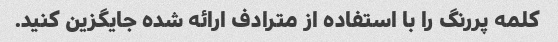
کلمه پررنگ را با استفاده از مترادف ارائه شده جایگزین کنید.